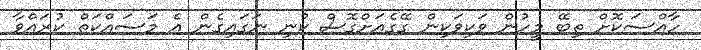
ހާއްސަކޮށް ތިބޭ މީހުން ވަކިވަކިން ގޭގެއަށްގޮސް ކުނި ނަގައިގެން އެ މަސައްކަތް ކުރައްވާ